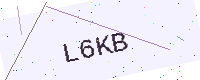
Text: L6KB